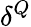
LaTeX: \delta^{Q}